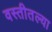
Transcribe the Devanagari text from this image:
वस्तीतल्या